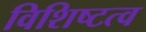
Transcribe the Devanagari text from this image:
विशिष्टत्व